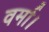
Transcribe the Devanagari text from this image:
वर्मा।